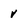
Character: v